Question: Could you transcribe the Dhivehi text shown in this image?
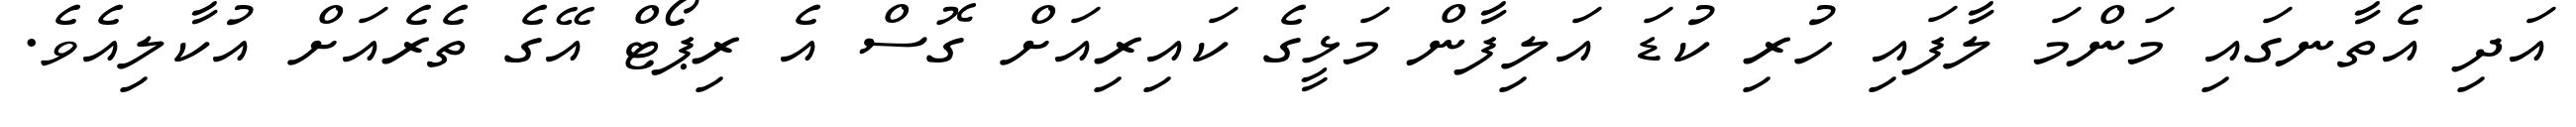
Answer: އަދި އެތާނގައި މަންމަ ލާފައި ހުރި ކުޑަ އަލިފާން މަޅީގެ ކައިރިއަށް ގޮސް އެ ރިޕޯޓް އޭގެ ތެރެއަށް އުކާލިއެވެ.